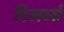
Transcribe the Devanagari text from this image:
रिजर्व्स